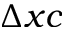
\Delta x c